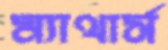
ম্যাথার্স